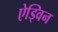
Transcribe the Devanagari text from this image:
ऐड्विन